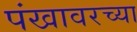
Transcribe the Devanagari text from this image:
पंखावरच्या